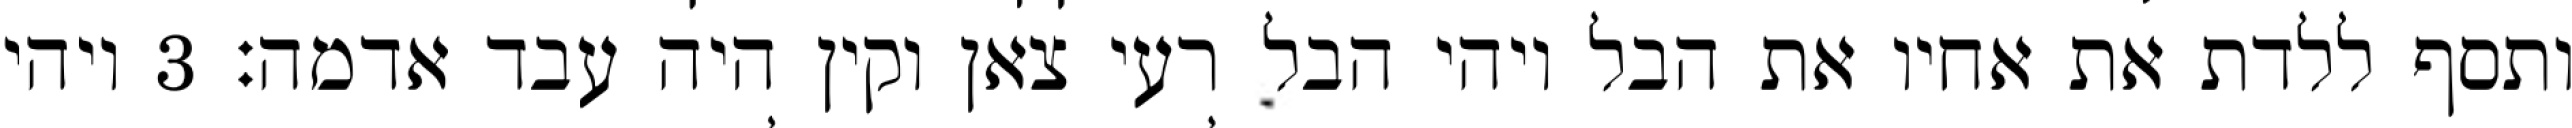
ותסף ללדת את אחיו את הבל ויהי הבל רעי צאן וקין היה עבד אדמה׃ ‎3‏ ויהי